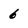
Character: 6